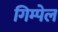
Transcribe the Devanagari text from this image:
गिम्पेल